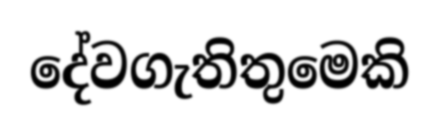
දේවගැතිතුමෙකි